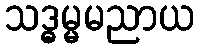
သဒ္ဓမ္မမညာယ